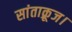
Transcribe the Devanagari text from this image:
सांताक्रूज।